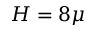
H = 8 \mu